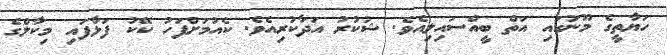
ހަޔާތީގެ މޫނުގައި އަތް ބީއްސައިލިއެވެ. ޝުކުރު އަދާކުރިއެވެ. ކެއުމަށްފަހު ކޭކު ފަޅާފައި މިކާލްގެ